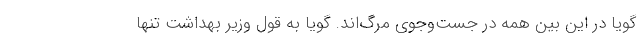
گویا در این بین همه در جست‌وجوی مرگ‌اند. گویا به قول وزیر بهداشت تنها